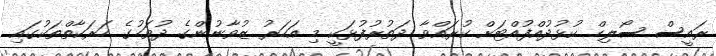
ރައީސް ސޯލިހް ކުޅުދުއްފުއްޓަށް ކުރައްވާ ދަތުރުފުޅަކީ މި އަހަރު ޒުވާނުންގެ ދުވަހުގެ ހަރަކާތްތަކުގައި